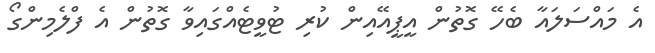
އެ މައްސަލައާ ބެހޭ ގޮތުން އީޕީއޭއިން ކުރި ޓުވީޓެއްގައިވާ ގޮތުން އެ ފްލެމިންގޯ